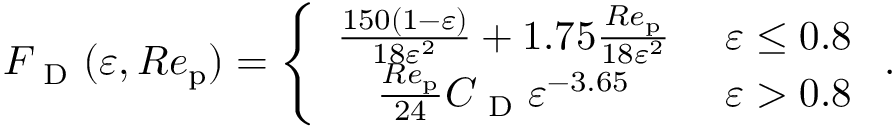
{ F _ { \mathrm { ~ D ~ } } } ( \varepsilon , R e _ { \mathrm { p } } ) = \left\{ \begin{array} { c l } { \frac { 1 5 0 ( 1 - \varepsilon ) } { 1 8 \varepsilon ^ { 2 } } + 1 . 7 5 \frac { R e _ { \mathrm { p } } } { 1 8 \varepsilon ^ { 2 } } } & { \ \varepsilon \leq 0 . 8 } \\ { \frac { R e _ { \mathrm { p } } } { 2 4 } { C _ { \mathrm { ~ D ~ } } } \varepsilon ^ { - 3 . 6 5 } } & { \ \varepsilon > 0 . 8 } \end{array} \right. .